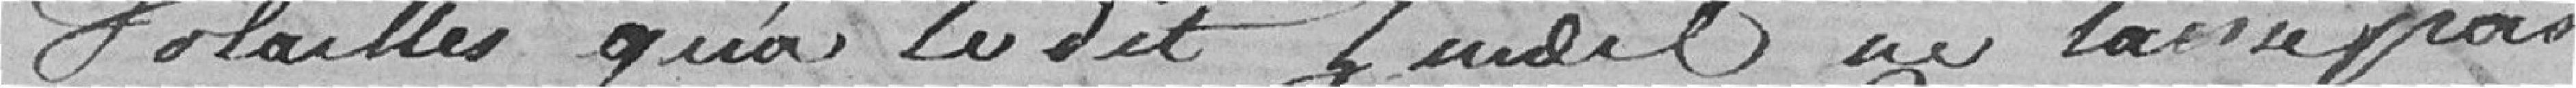
volailles que le dit Zuidel ne laisse pas